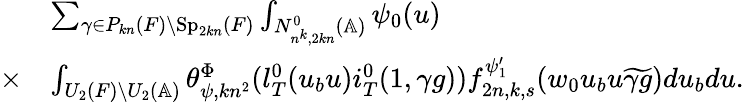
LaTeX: \begin{array}{rl}&{\sum_{\gamma\in P_{kn}(F)\backslash\mathrm{Sp}_{2kn}(F)}\int_{N_{n^{k},2kn}^{0}(\mathbb{A})}\psi_{0}(u)}\\ {\times}&{\int_{U_{2}(F)\backslash U_{2}(\mathbb{A})}\theta_{\psi,kn^{2}}^{\Phi}(l_{T}^{0}(u_{b}u)i_{T}^{0}(1,\gamma g))f_{2n,k,s}^{\psi_{1}^{\prime}}(w_{0}u_{b}u\widetilde{\gamma g})du_{b}du.}\end{array}